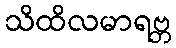
သိထိလမာရဗ္ဘ